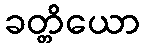
ခတ္တိယော